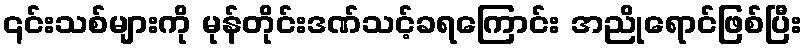
၎င်းသစ်များကို မုန်တိုင်းဒဏ်သင့်ခရကြောင်း အညိုရောင်ဖြစ်ပြီး